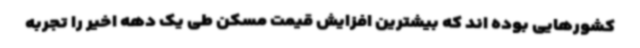
کشورهایی بوده اند که بیشترین افزایش قیمت مسکن طی یک دهه اخیر را تجربه